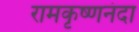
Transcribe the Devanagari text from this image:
रामकृष्णनंदा